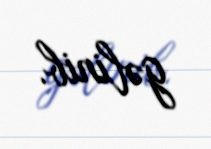
gəlinib.